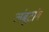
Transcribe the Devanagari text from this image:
लंबूटांग